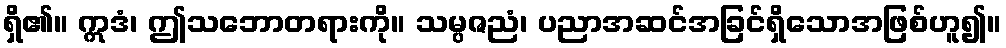
ရှိ၏။ ဣဒံ၊ ဤသဘောတရားကို။ သမ္ပဇညံ၊ ပညာအဆင်အခြင်ရှိသောအဖြစ်ဟူ၍။